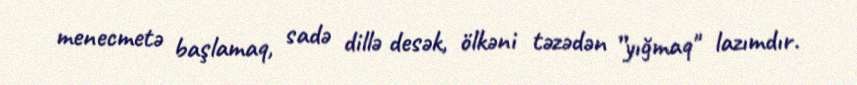
menecmetə başlamaq, sadə dillə desək, ölkəni təzədən ”yığmaq" lazımdır.